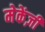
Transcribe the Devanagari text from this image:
मेकेंज़ी